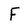
Character: F